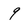
Character: 9